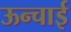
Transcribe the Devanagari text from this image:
ऊन्चाई